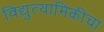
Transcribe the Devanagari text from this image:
विद्युत्यामिकीचा